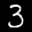
Label: 3